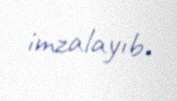
imzalayıb.